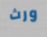
ورث